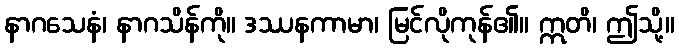
နာဂသေနံ၊ နာဂသိန်ကို။ ဒဿနကာမာ၊ မြင်လိုကုန်၏။ ဣတိ၊ ဤသို့။